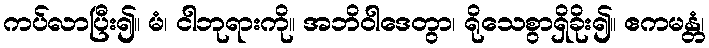
ကပ်လာပြီး၍။ မံ၊ ငါဘုရားကို။ အဘိဝါဒေတွာ၊ ရိုသေစွာရှိခိုး၍။ ဧကမန္တံ၊